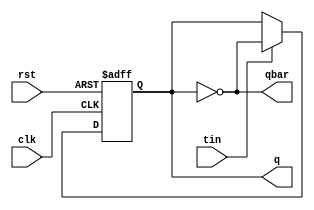
//Define our own T-Flip Flop Module
module t_ff(q,qbar,clk,tin,rst);
output q,qbar;
input clk,tin,rst;
reg tq;
always @(posedge clk or negedge rst)
begin
if(!rst)
tq <= 1'b0;
else
begin
if (tin)
tq <= ~tq;
end
end
assign q = tq;
assign qbar = ~q;
endmodule
// Testbench for T-Flip Flop Module
module tff_test;
reg clk,tin,rst;
wire q,qbar;
t_ff t1(q,qbar,clk,tin,rst);
task display;
begin
$display("time=%0d",$time,"ns",
" rst=",rst," tin=",tin," q=",q," qbar=",qbar);
end
endtask
initial
clk = 1'b0;
always
#5 clk = ~clk;
initial
begin
rst = 1'b0;tin=1'b0;#10;display;
rst = 1'b1;tin=1'b1;#10;display;
tin = 1'b1;#10;display;
tin = 1'b1;#10;display;
tin = 1'b0;#10;display;
rst=1'b0;tin=1'b1;#10;display;
rst=1'b1;tin=1'b1;#10;display;
#10 ;
end
initial
#100 $finish;
endmodule